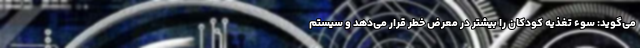
می‌گوید: سوء تغذیه کودکان را بیشتر در معرض خطر قرار می‌دهد و سیستم